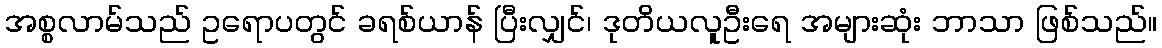
အစ္စလာမ်သည် ဥရောပတွင် ခရစ်ယာန် ပြီးလျှင်၊ ဒုတိယလူဦးရေ အများဆုံး ဘာသာ ဖြစ်သည်။